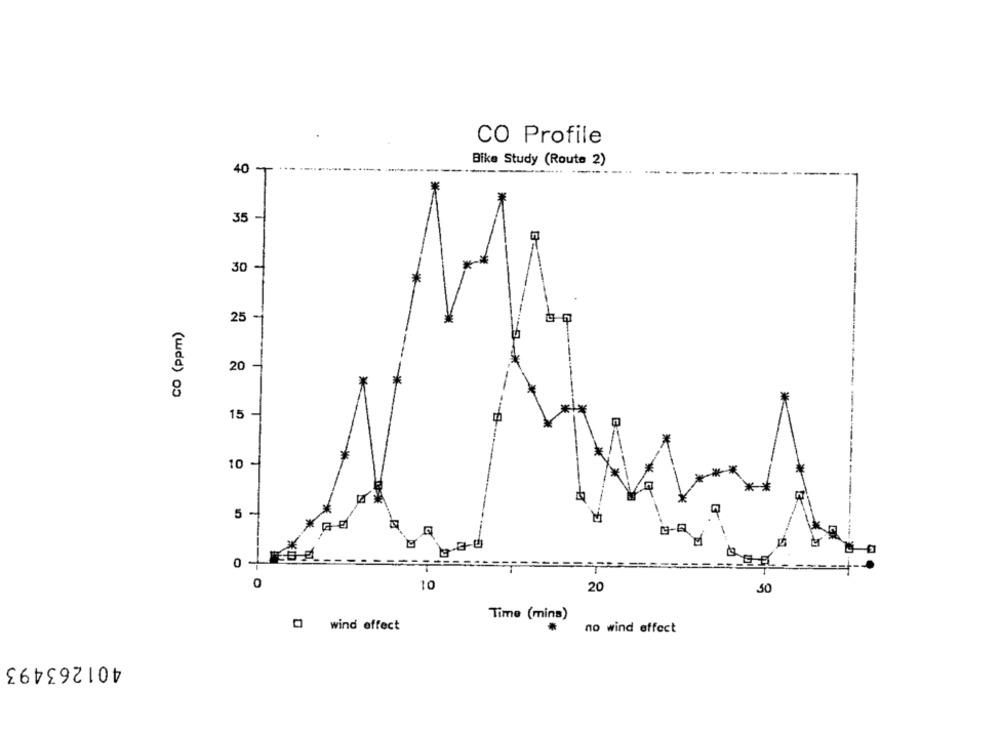
CO Profile
40 * ***
Bike Study (Route 2)
------.
35 -
30
CO (ppm)
25
20
15 -
10
M
0
0
10
20
50
Time (mins)
0 wind effect
.
no wind effect
401263493